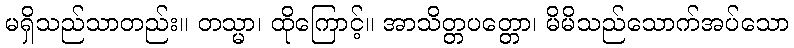
မရှိသည်သာတည်း။ တသ္မာ၊ ထိုကြောင့်။ အာသိတ္တပတ္တော၊ မိမိသည်သောက်အပ်သော